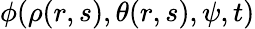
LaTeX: \phi(\rho(r,s),\theta(r,s),\psi,t)